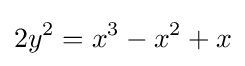
2y^{2}=x^{3}-x^{2}+x